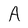
Character: A